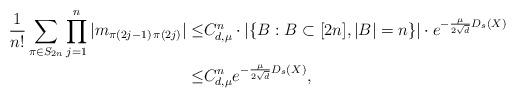
LaTeX: \begin{align*}\frac{1}{n!}\sum_{\pi\in S_{2n}} \prod_{j=1}^n |m_{\pi(2j-1)\, \pi(2j)}|\leq &C_{d,\mu}^n \cdot |\{B: B\subset [2n], |B|=n\}| \cdot e^{-\frac{\mu}{2\sqrt{d}} D_s(X)}\\\leq &C_{d,\mu}^n e^{-\frac{\mu}{2\sqrt{d}} D_s(X)},\end{align*}